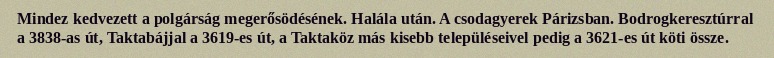
Mindez kedvezett a polgárság megerősödésének. Halála után. A csodagyerek Párizsban. Bodrogkeresztúrral a 3838-as út, Taktabájjal a 3619-es út, a Taktaköz más kisebb településeivel pedig a 3621-es út köti össze.